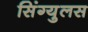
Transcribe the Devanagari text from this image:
सिंग्युलस